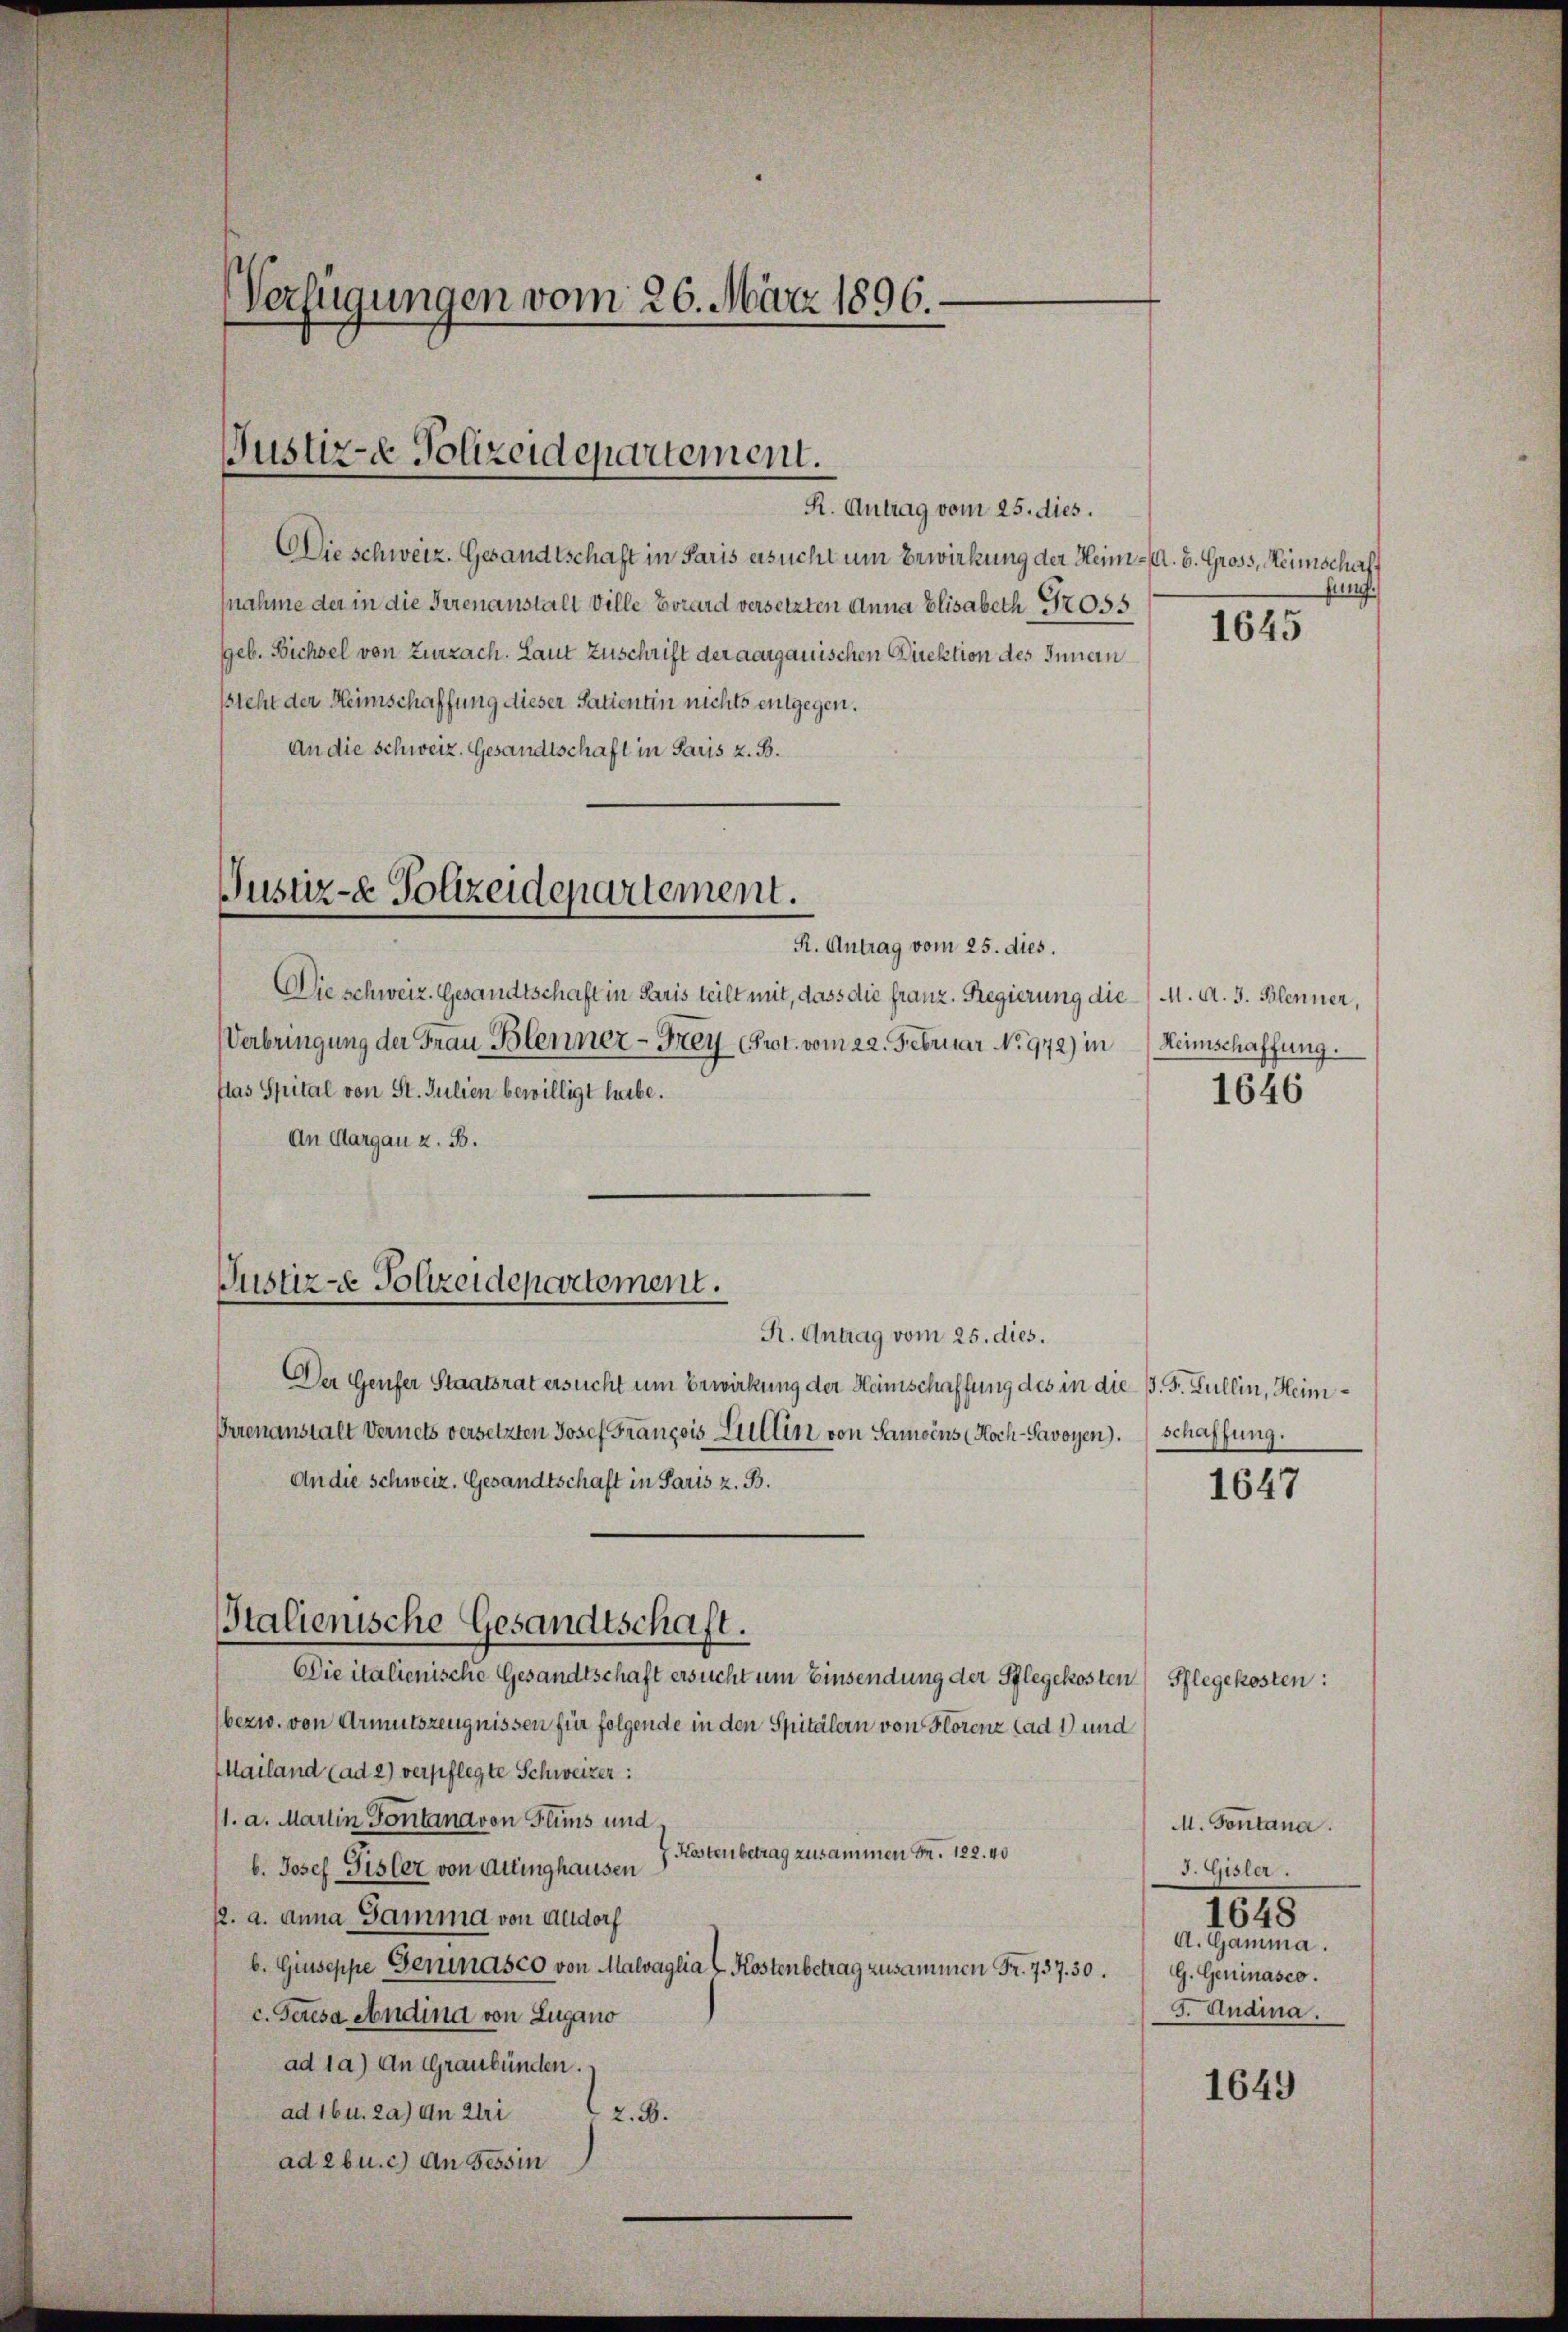
Verfügungen vom 26. März 1896.

Justiz- Polizeidepartement.

R. Antrag vom 25. dies.
Die schweiz. Gesandtschaft in Paris ersucht um Erwirkung der Heim. A. B. Gross, Heimschaft
nahme der in die Irrenanstalt Ville Vorard versetzten Anna Elisabeth Nr055
geb. Bichsel von Zurzach. Laut Zuschrift der aargauischen Direktion des Innen
steht der Heimschaffung dieser Satientin nichts entgegen.
An die Schweiz. Gesandtschaft in Paris z. B.

Justiz- & Polizeidepartement.

R. Antrag vom 25. dies.
Die schweiz. Gesandtschaft in Paris teilt mit, dass die franz. Regierung die M. A. S. Blenner,
Verbringung der Frau Blenner-Frey Prot. vom 22. Februar No. 972) in Heimschaffung.
flas Spital von St. Julien bewilligt habe.
An Aargau z. B.

Justiz-e Polizeidepartement.
R. Antrag vom 25. dies.

Stalienische Gesandtschaft.

Der Genfer Staatsrat ersucht um Erwirkung der Heimschaffung des in die P. F. Lullin, Heim¬
Prrenanstalt Vernets versetzten Josef François Lullin von Samoins Hoch-Savoyen). Schaffung.
An die Schweiz. Gesandtschaft in Paris z. B.
Die italienische Gesandtschaft ersucht um Einsendung der Pflegekosten Pflegekosten:
bezw. von Armutszeugnissen für folgende in den Spitälern von Horenz lad 1) und
Mailand (ad 2) verpflegte Schweizer:
/1. a. Martin Fontana von Flims und
Kosten betrag zusammen Fr. 122. 40
b. Josef Fisler von Auinghausen
p. a. Anna Sammd von Aadorf
b. Giuseppe Gernasco von Malvaglia & Kostenbetrag zusammen Fr. 737. 30.
c. Geresa andind von Zugano
ad 1) An Graubünden.
ad 16 u. 2) An Ulri
2.2.
ad 2 b u. c.) An Tessin

fung.

1645

1646

1647

1648

M. Fontana.
J. Gisler.
A. Gamma.
G. Geninasco.
5. Andina.

1649